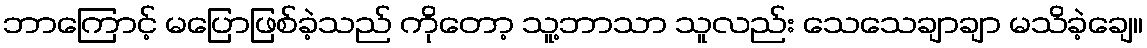
ဘာကြောင့် မပြောဖြစ်ခဲ့သည် ကိုတော့ သူ့ဘာသာ သူလည်း သေသေချာချာ မသိခဲ့ချေ။